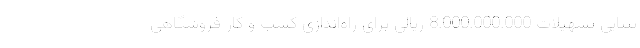
تثنایی تسهیلات 8.000.000.000 ریالی برای راه‌اندازی کسب و کار فروشگاهی